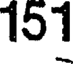
151